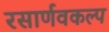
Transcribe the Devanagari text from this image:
रसार्णवकल्प